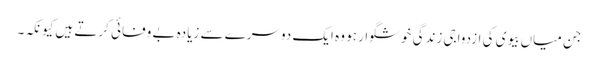
جن میاں بیوی کی ازدواجی زندگی خوشگوار ہو وہ ایک دوسرے سے زیادہ بے وفائی کرتے ہیں کیونکہ۔